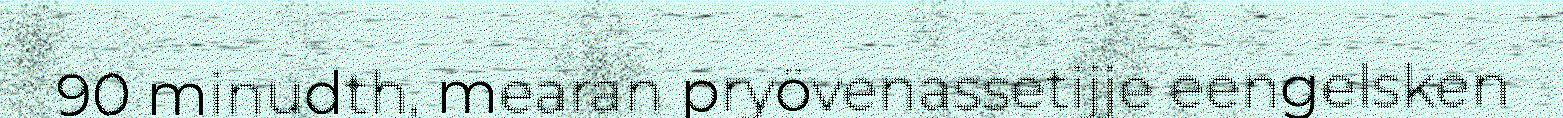
90 minudth, mearan pryövenassetijje eengelsken